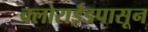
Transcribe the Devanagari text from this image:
क्लोराईडपासून